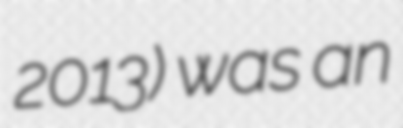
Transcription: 2013) was an